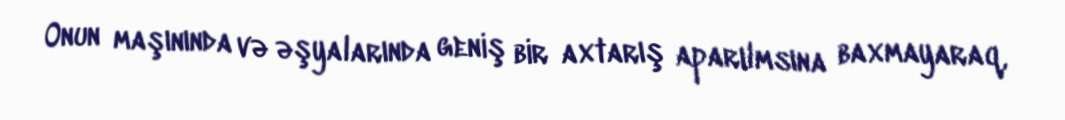
Onun maşınında və əşyalarında geniş bir axtarış aparılmsına baxmayaraq,